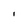
Character: I